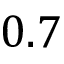
0 . 7